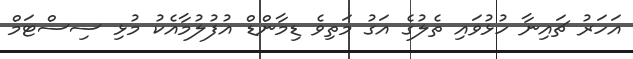
އަހަރު ޗައިނާ ހުޅުވައި ތެލުގެ އަގު މަތިވެ ޑިމާންޑް އުފުލުމާއެކު މުޅި ސިސްޓަމް